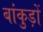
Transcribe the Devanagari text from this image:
बांकुड़ों